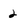
Character: 2